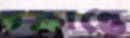
চক্রান্তে